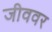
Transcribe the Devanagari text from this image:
जीववर